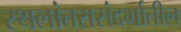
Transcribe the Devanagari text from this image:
स्थलांतरासंदर्भातील